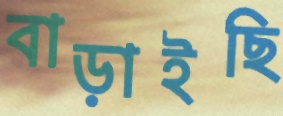
বাড়াইছি